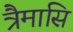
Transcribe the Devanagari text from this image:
त्रैमासि